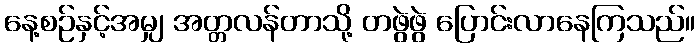
နေ့စဉ်နှင့်အမျှ အတ္တလန်တာသို့ တဖွဲဖွဲ ပြောင်းလာနေကြသည်။